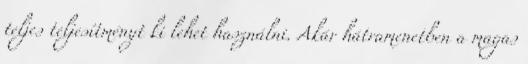
teljes teljesítményt ki lehet használni. Akár hátramenetben a magas